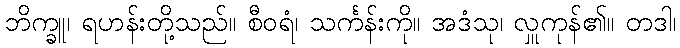
ဘိက္ခူ၊ ရဟန်းတို့သည်။ စီဝရံ၊ သင်္ကန်းကို။ အဒံသု၊ လှူကုန်၏။ တဒါ၊